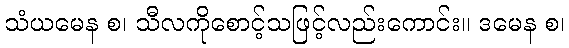
သံယမေန စ၊ သီလကိုစောင့်သဖြင့်လည်းကောင်း။ ဒမေန စ၊